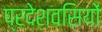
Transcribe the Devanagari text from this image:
प्रदेशवसियों